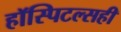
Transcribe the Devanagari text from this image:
हॉस्पिटल्सही